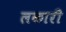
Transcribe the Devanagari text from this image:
लकारी